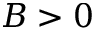
B > 0